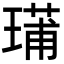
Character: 𤨳